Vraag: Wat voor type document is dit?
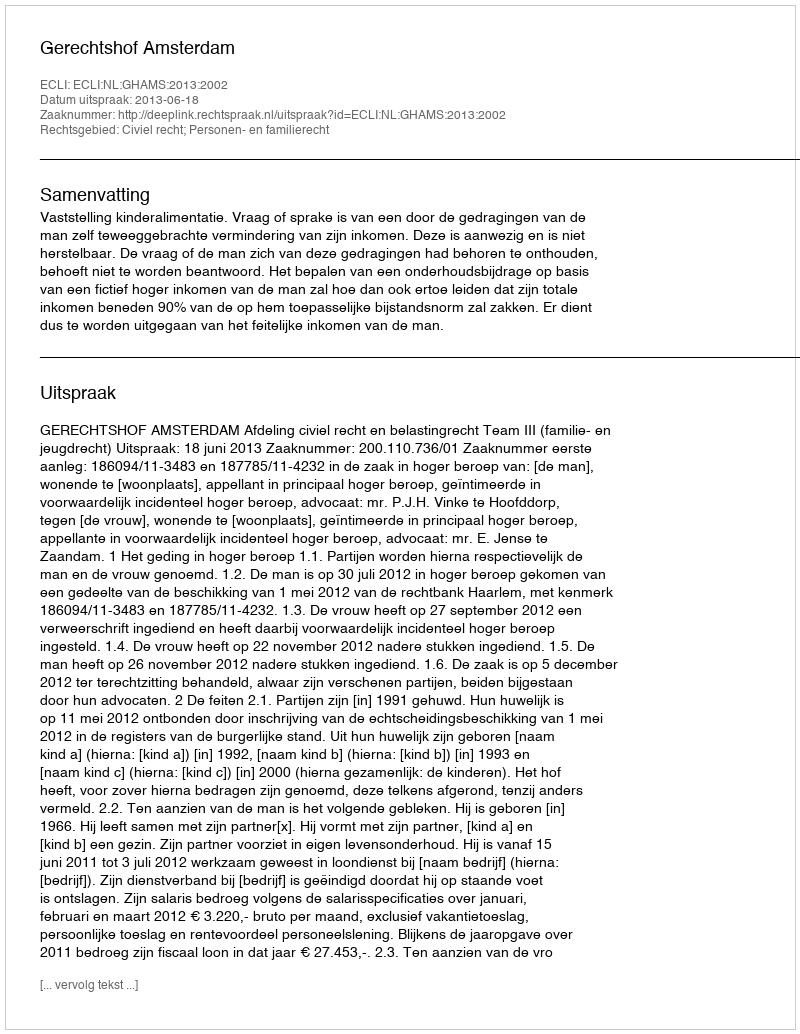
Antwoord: Uitspraak